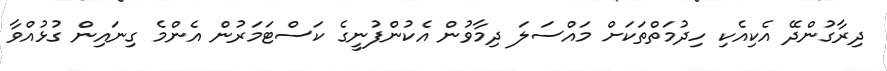
ދިރާގުންދޭ އެކިއެކި ހިދުމަތްތަކަށް މައްސަލަ ދިމާވުން އެކުންފުނީގެ ކަސްޓަމަރުން އެންމެ ގިނައިން ގުޅުއްވާ